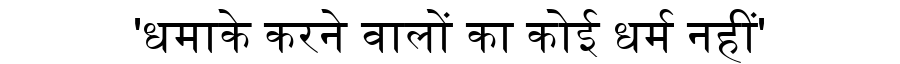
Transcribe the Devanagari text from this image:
'धमाके करने वालों का कोई धर्म नहीं'